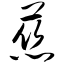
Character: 慈